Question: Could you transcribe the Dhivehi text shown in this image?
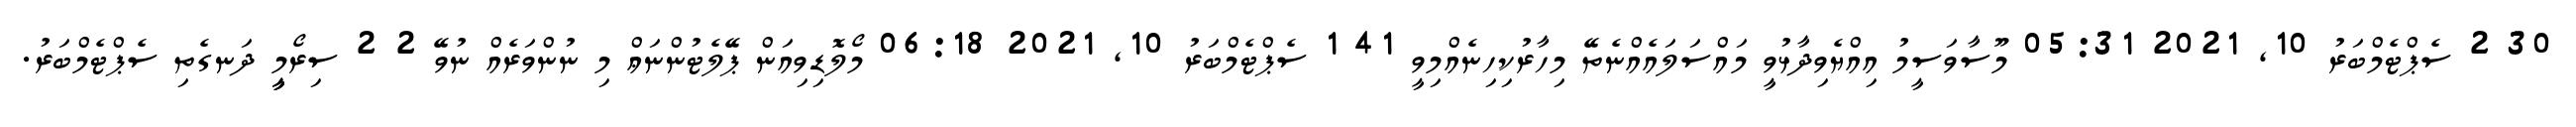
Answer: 30 2 ސެޕްޓެމްބަރު 10, 2021 05:31 މޫސާވަސީމު އިއްޔެވިދާޅުވީ މައްސަލައެއްނެތޭ މިހާރުކިހިނެއްމިވީ 41 1 ސެޕްޓެމްބަރު 10, 2021 06:18 މޯލޮޑިވިއަން ޕޭލެޓުންނަޢް މި ނުންވަރެއް ނުވޭ 2 2 ސިރޯމީީީ ދަނގެތި ސެޕްޓެމްބަރު.